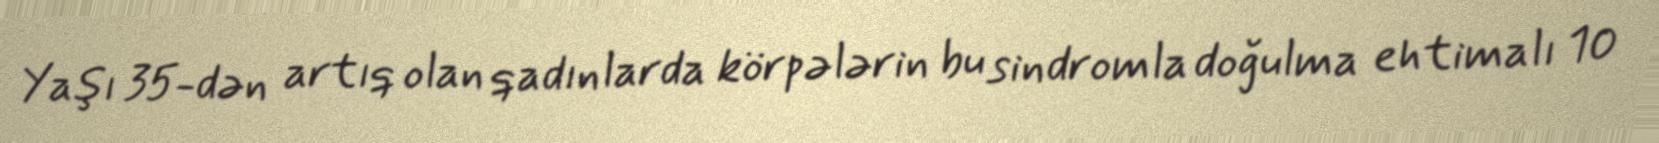
Yaşı 35-dən artıq olan qadınlarda körpələrin bu sindromla doğulma ehtimalı 10